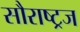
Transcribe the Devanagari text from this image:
सौराष्ट्रज